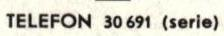
TELEFON 30 691 (serie)